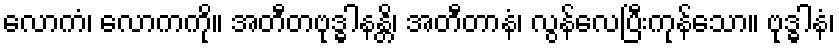
လောကံ၊ လောကကို။ အတီတဗုဒ္ဓါနန္တိ၊ အတီတာနံ၊ လွန်လေပြီးကုန်သော။ ဗုဒ္ဓါနံ၊